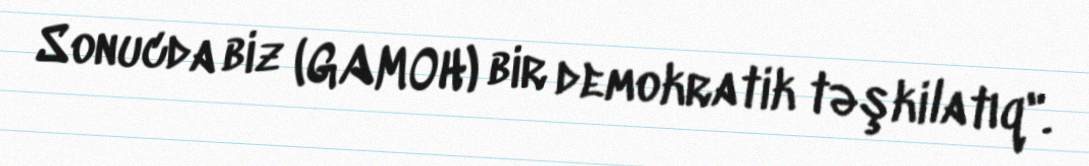
Sonucda biz (GAMOH) bir demokratik təşkilatıq".